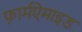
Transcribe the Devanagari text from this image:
फ़ार्मऐमाइड